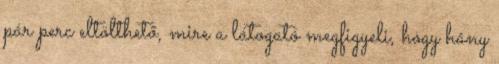
pár perc eltölthető, mire a látogató megfigyeli, hogy hány